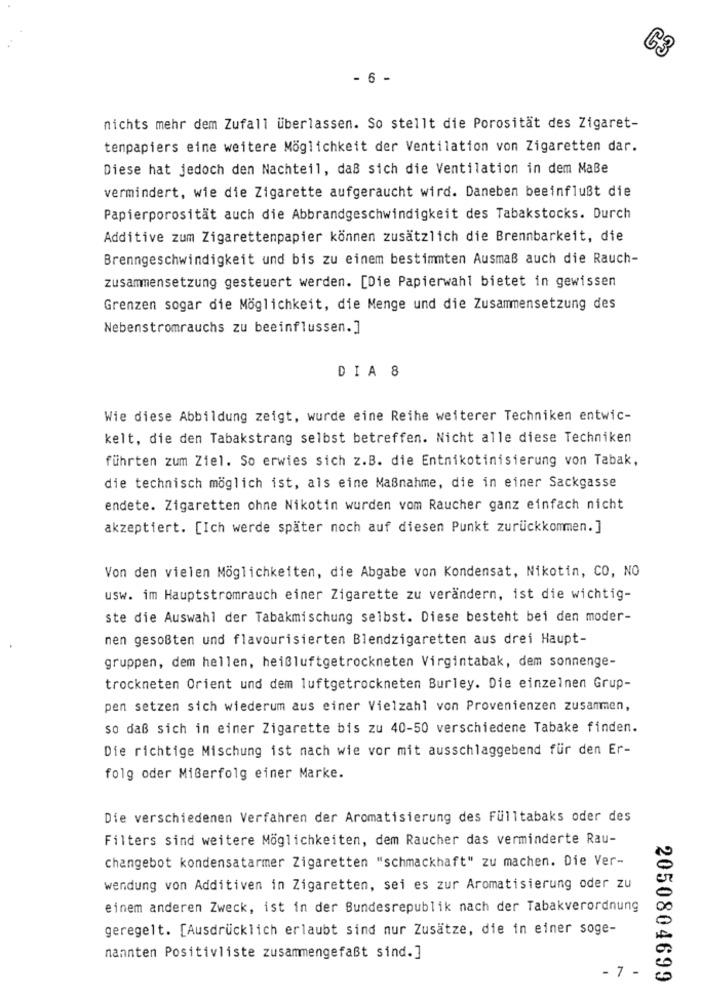
C3
- 6 -
nichts mehr dem Zufall überlassen. So stellt die Porosität des Zigaret-
tenpapiers eine weitere Möglichkeit der Ventilation von Zigaretten dar.
Diese hat jedoch den Nachteil, daß sich die Ventilation in dem MaBe
vermindert, wie die Zigarette aufgeraucht wird. Daneben beeinflußt die
Papierporosität auch die Abbrandgeschwindigkeit des Tabakstocks. Durch
Additive zum Zigarettenpapier können zusätzlich die Brennbarkeit, die
Brenngeschwindigkeit und bis zu einem bestimmten Ausmaß auch die Rauch-
zusammensetzung gesteuert werden. [Die Papierwahl bietet in gewissen
Grenzen sogar die Möglichkeit, die Menge und die Zusammensetzung des
Nebenstromrauchs zu beeinflussen.]
DIA 8
Wie diese Abbildung zeigt, wurde eine Reihe weiterer Techniken entwic-
kelt, die den Tabakstrang selbst betreffen. Nicht alle diese Techniken
führten zum Ziel. So erwies sich z.B. die Entnikotinisierung von Tabak,
die technisch möglich ist, als eine Maßnahme, die in einer Sackgasse
endete. Zigaretten ohne Nikotin wurden vom Raucher ganz einfach nicht
akzeptiert. [Ich werde später noch auf diesen Punkt zurückkommen. ]
Von den vielen Möglichkeiten, die Abgabe von Kondensat, Nikotin, CO, NO
usw. im Hauptstromrauch einer Zigarette zu verändern, ist die wichtig-
ste die Auswahl der Tabakmischung selbst. Diese besteht bei den moder-
nen gesoßten und flavourisierten Blendzigaretten aus drei Haupt-
gruppen, dem hellen, heißluftgetrockneten Virgintabak, dem sonnenge-
trockneten Orient und dem luftgetrockneten Burley. Die einzelnen Grup-
pen setzen sich wiederum aus einer Vielzahl von Provenienzen zusammen,
so daß sich in einer Zigarette bis zu 40-50 verschiedene Tabake finden.
Die richtige Mischung ist nach wie vor mit ausschlaggebend für den Er-
folg oder Mißerfolg einer Marke.
Die verschiedenen Verfahren der Aromatisierung des Fülltabaks oder des
Filters sind weitere Möglichkeiten, dem Raucher das verminderte Rau-
changebot kondensatarmer Zigaretten "schmackhaft" zu machen. Die Ver-
wendung von Additiven in Zigaretten, sei es zur Aromatisierung oder zu
einem anderen Zweck, ist in der Bundesrepublik nach der Tabakverordnung
geregelt. [Ausdrücklich erlaubt sind nur Zusätze, die in einer soge-
nannten Positivliste zusammengefaßt sind.]
- 7 -
2050804699